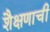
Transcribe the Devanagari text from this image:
शैक्षणाची